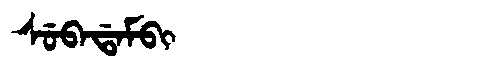
Manchu: ᠰᡠᠪᠠᡩᠠᠮᠪᡳ
Romanization: SUBADAMBI